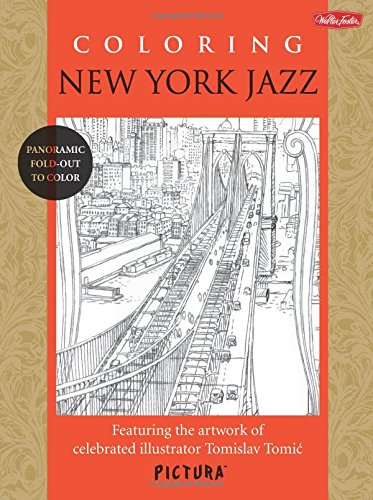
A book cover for Coloring New York Jazz: Featuring the artwork of celebrated illustrator Tomislav Tomic (PicturaTM); Tomislav Tomic; Arts & Photography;